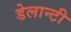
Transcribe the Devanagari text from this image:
डेलान्टी